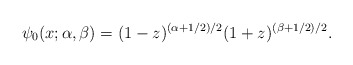
\begin{gather*} \psi _{0}( x;\alpha ,\beta ) =( 1-z) ^{( \alpha +1/2) /2}(1+z) ^{( \beta +1/2) /2}.\end{gather*}